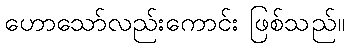
ဟောသော်လည်းကောင်း ဖြစ်သည်။